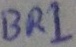
Text: BR1